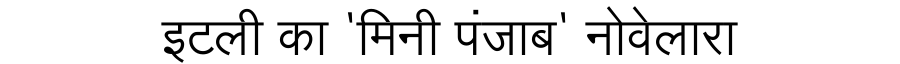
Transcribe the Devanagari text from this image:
इटली का 'मिनी पंजाब' नोवेलारा